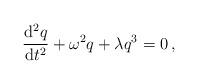
LaTeX: \begin{align*}{{{\rm d}^2q}\over{{\rm d}t^2}} + \omega^2 q + \lambda q^3=0\,,\end{align*}